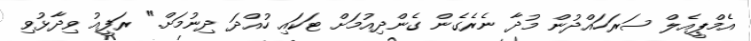
އެމްޕީއެލް ސަރަހައްދުން މުދާ ނެރެގެން ގެންދިއުމަށް ޓަކައި ހުއްދަ ދިނުމަށް." ރަފީއު ވިދާޅުވި